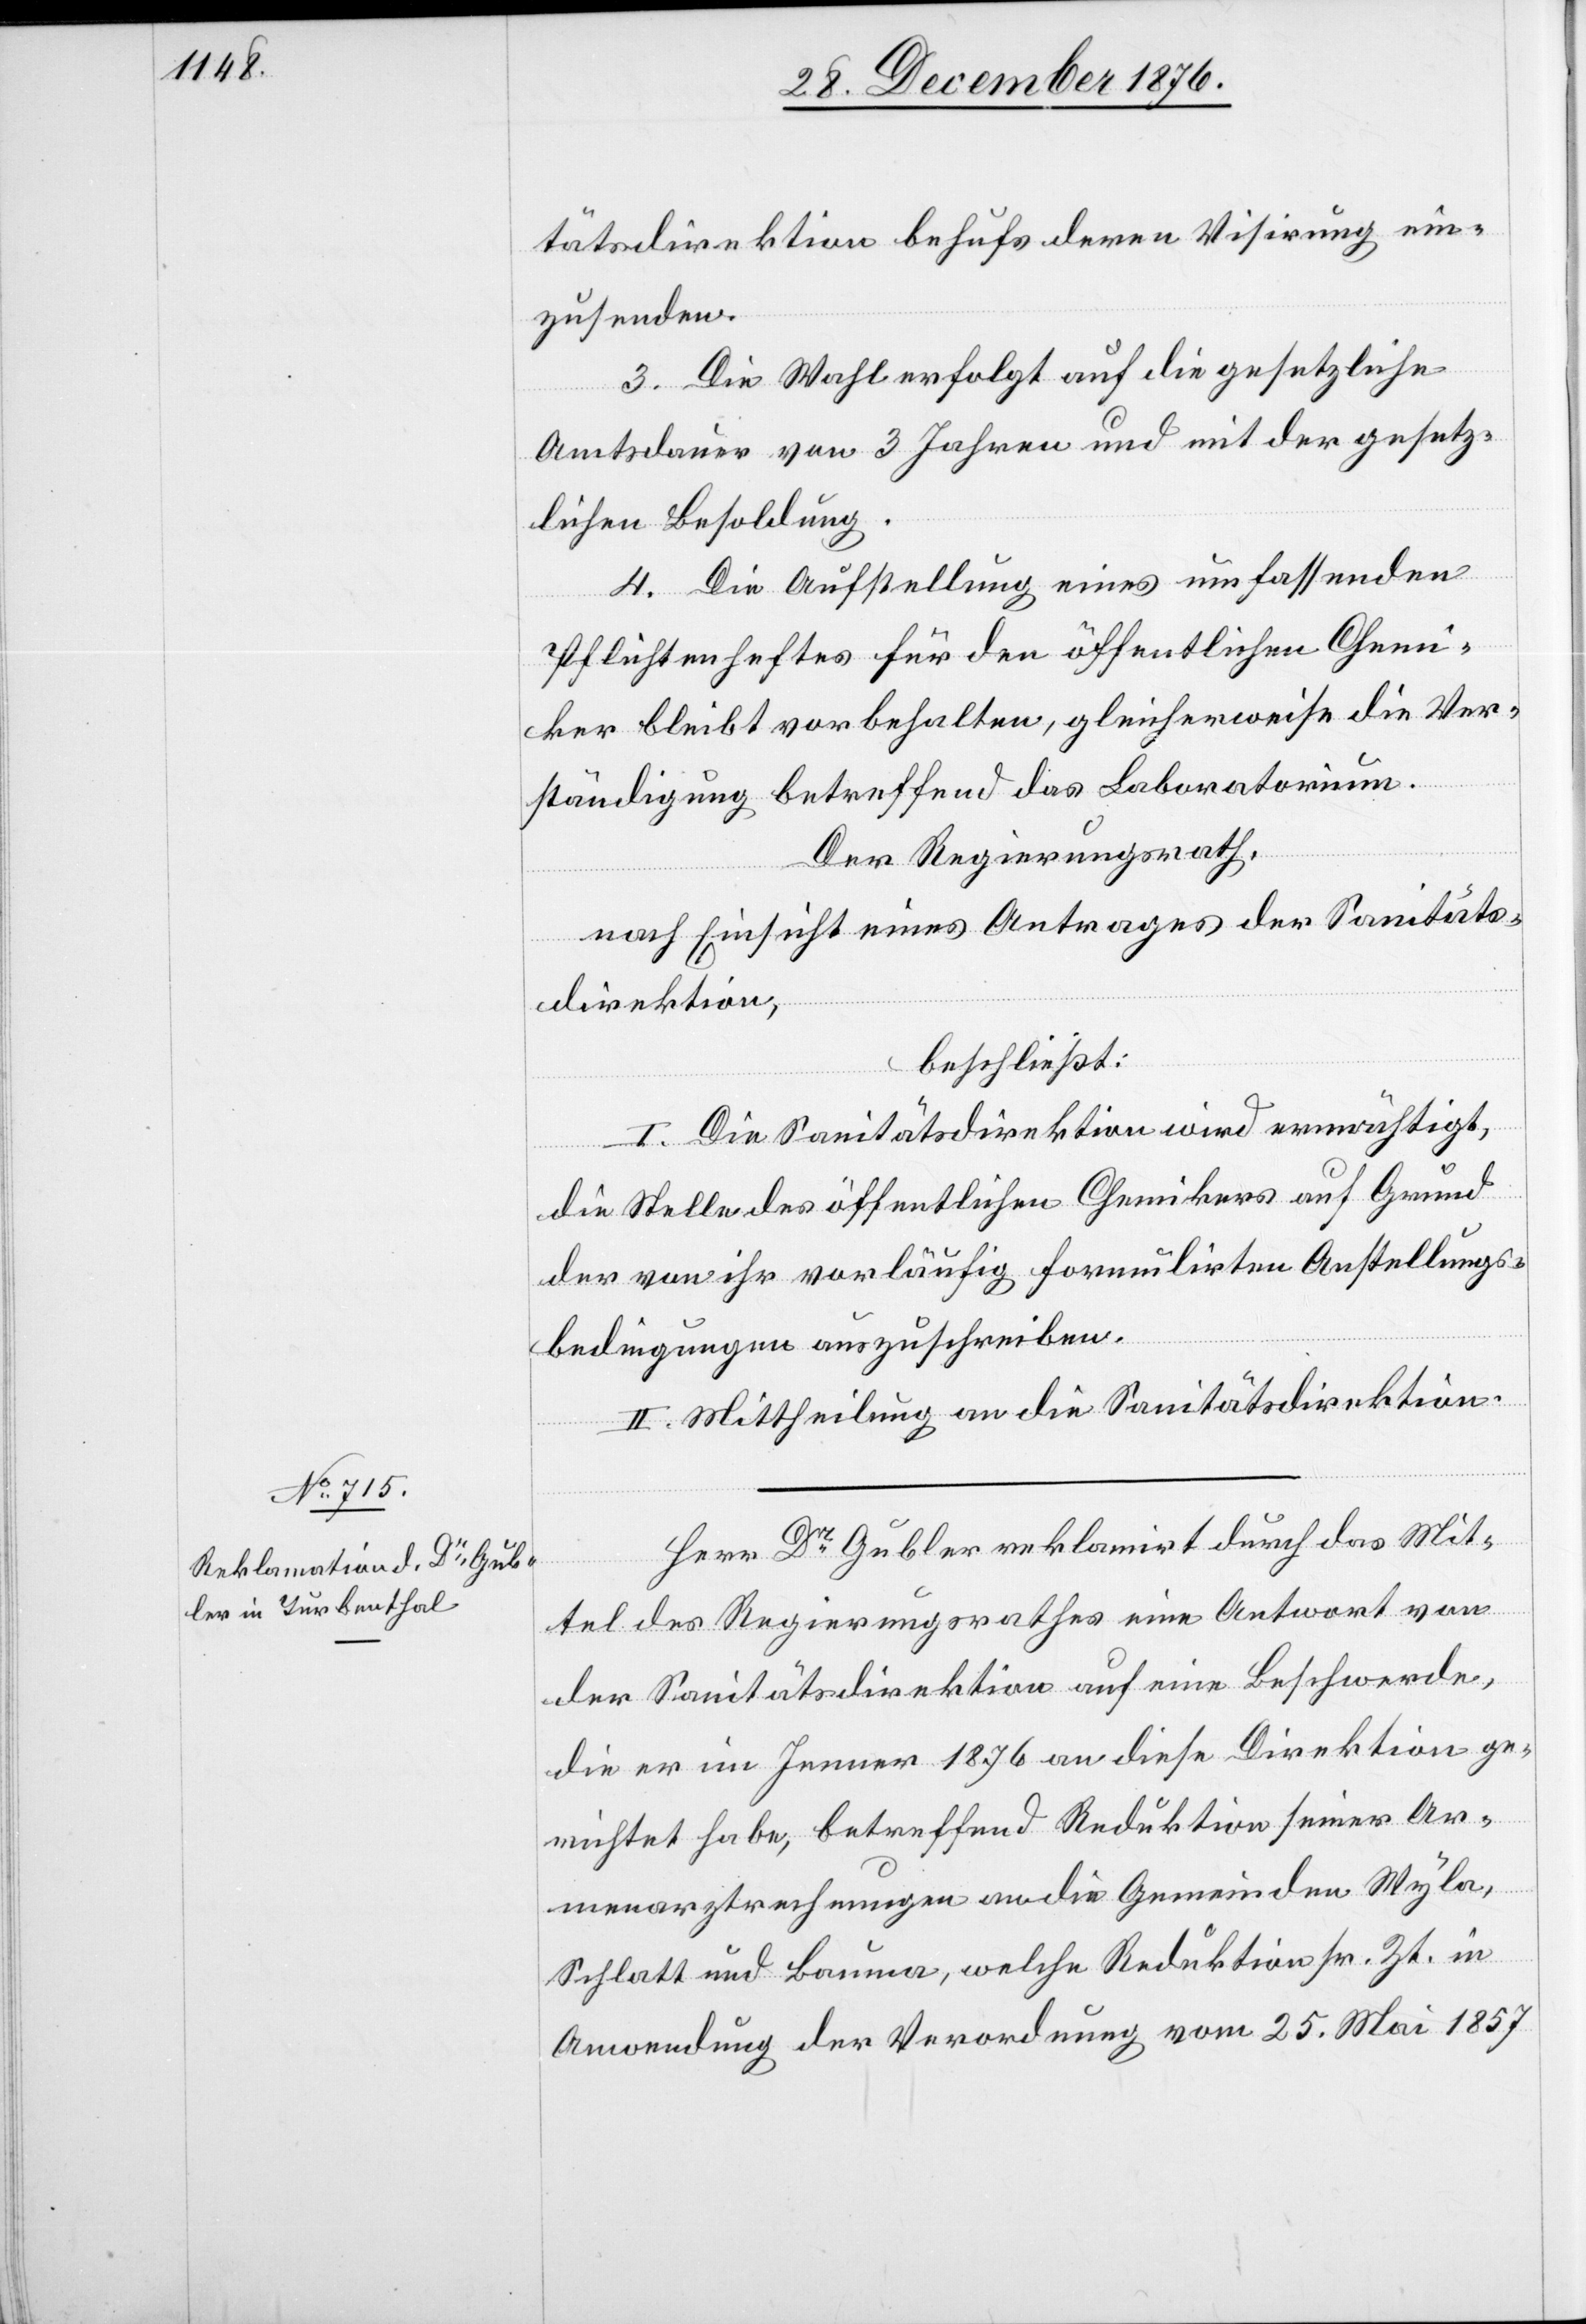
tätsdirektion behufs deren Visirung ein¬
zusenden.
3. Die Wahl erfolgt auf die gesetzliche
Amtsdauer von 3 Jahren und mit der gesetz¬
lichen Besoldung.
4. Die Aufstellung eines umfassenden
Pflichtenheftes für den öffentlichen Chemi¬
ker bleibt vorbehalten, gleicherweise die Ver¬
ständigung betreffend das Laboratorium.
Der Regierungsrath,
nach Einsicht eines Antrages der Sanitäts¬
direktion,
beschließt:
I. Die Sanitätsdirektion wird ermächtigt,
die Stelle des öffentlichen Chemikers auf Grund
der von ihr vorläufig formulirten Anstellungs¬
bedingungen auszuschreiben.
II. Mittheilung an die Sanitätsdirektion.
Herr Dr Gubler reklamirt durch das Mit¬
tel des Regierungsrathes eine Antwort von
der Sanitätsdirektion auf eine Beschwerde,
die er im Jenner 1876 an diese Direktion ge¬
richtet habe, betreffend Reduktion seiner Ar¬
menarztrechnungen an die Gemeinden Wyla,
Schlatt und Bauma, welche Reduktion sr. Zt. in
Anwendung der Verordnung vom 25. Mai 1857